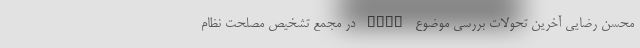
محسن رضایی آخرین تحولات بررسی موضوع FATF در مجمع تشخیص مصلحت نظام